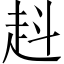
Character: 𧺯